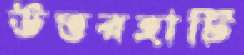
উত্তরহাটি